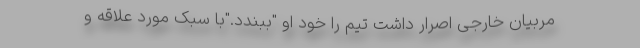
مربیان خارجی اصرار داشت تیم را خود او "ببندد."با سبک مورد علاقه و